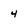
Character: 4